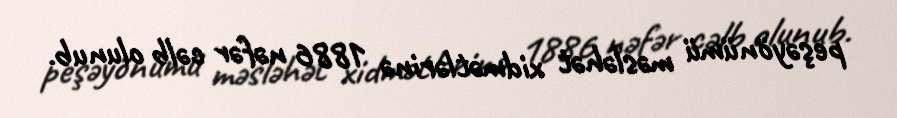
peşəyönümü məsləhət xidmətlərinə 1886 nəfər cəlb olunub.